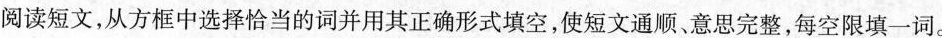
阅读短文,从方框中选择恰当的词并用其正确形式填空,使短文通顺、意思完整,每空限填一词。